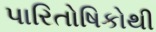
પારિતોષિકોથી